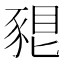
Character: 𧱗